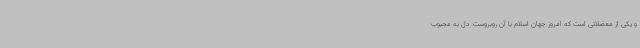
و یکی از معضلاتی است که امروز جهان اسلام با آن روبروست. دل به مجبوب